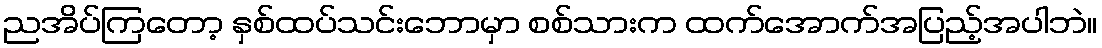
ညအိပ်ကြတော့ နှစ်ထပ်သင်းဘောမှာ စစ်သားက ထက်အောက်အပြည့်အပါဘဲ။